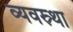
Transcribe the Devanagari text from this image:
व्यवस्र्था